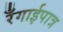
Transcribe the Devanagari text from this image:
रँगाईपात्र